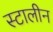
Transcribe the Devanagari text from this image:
स्टालीन